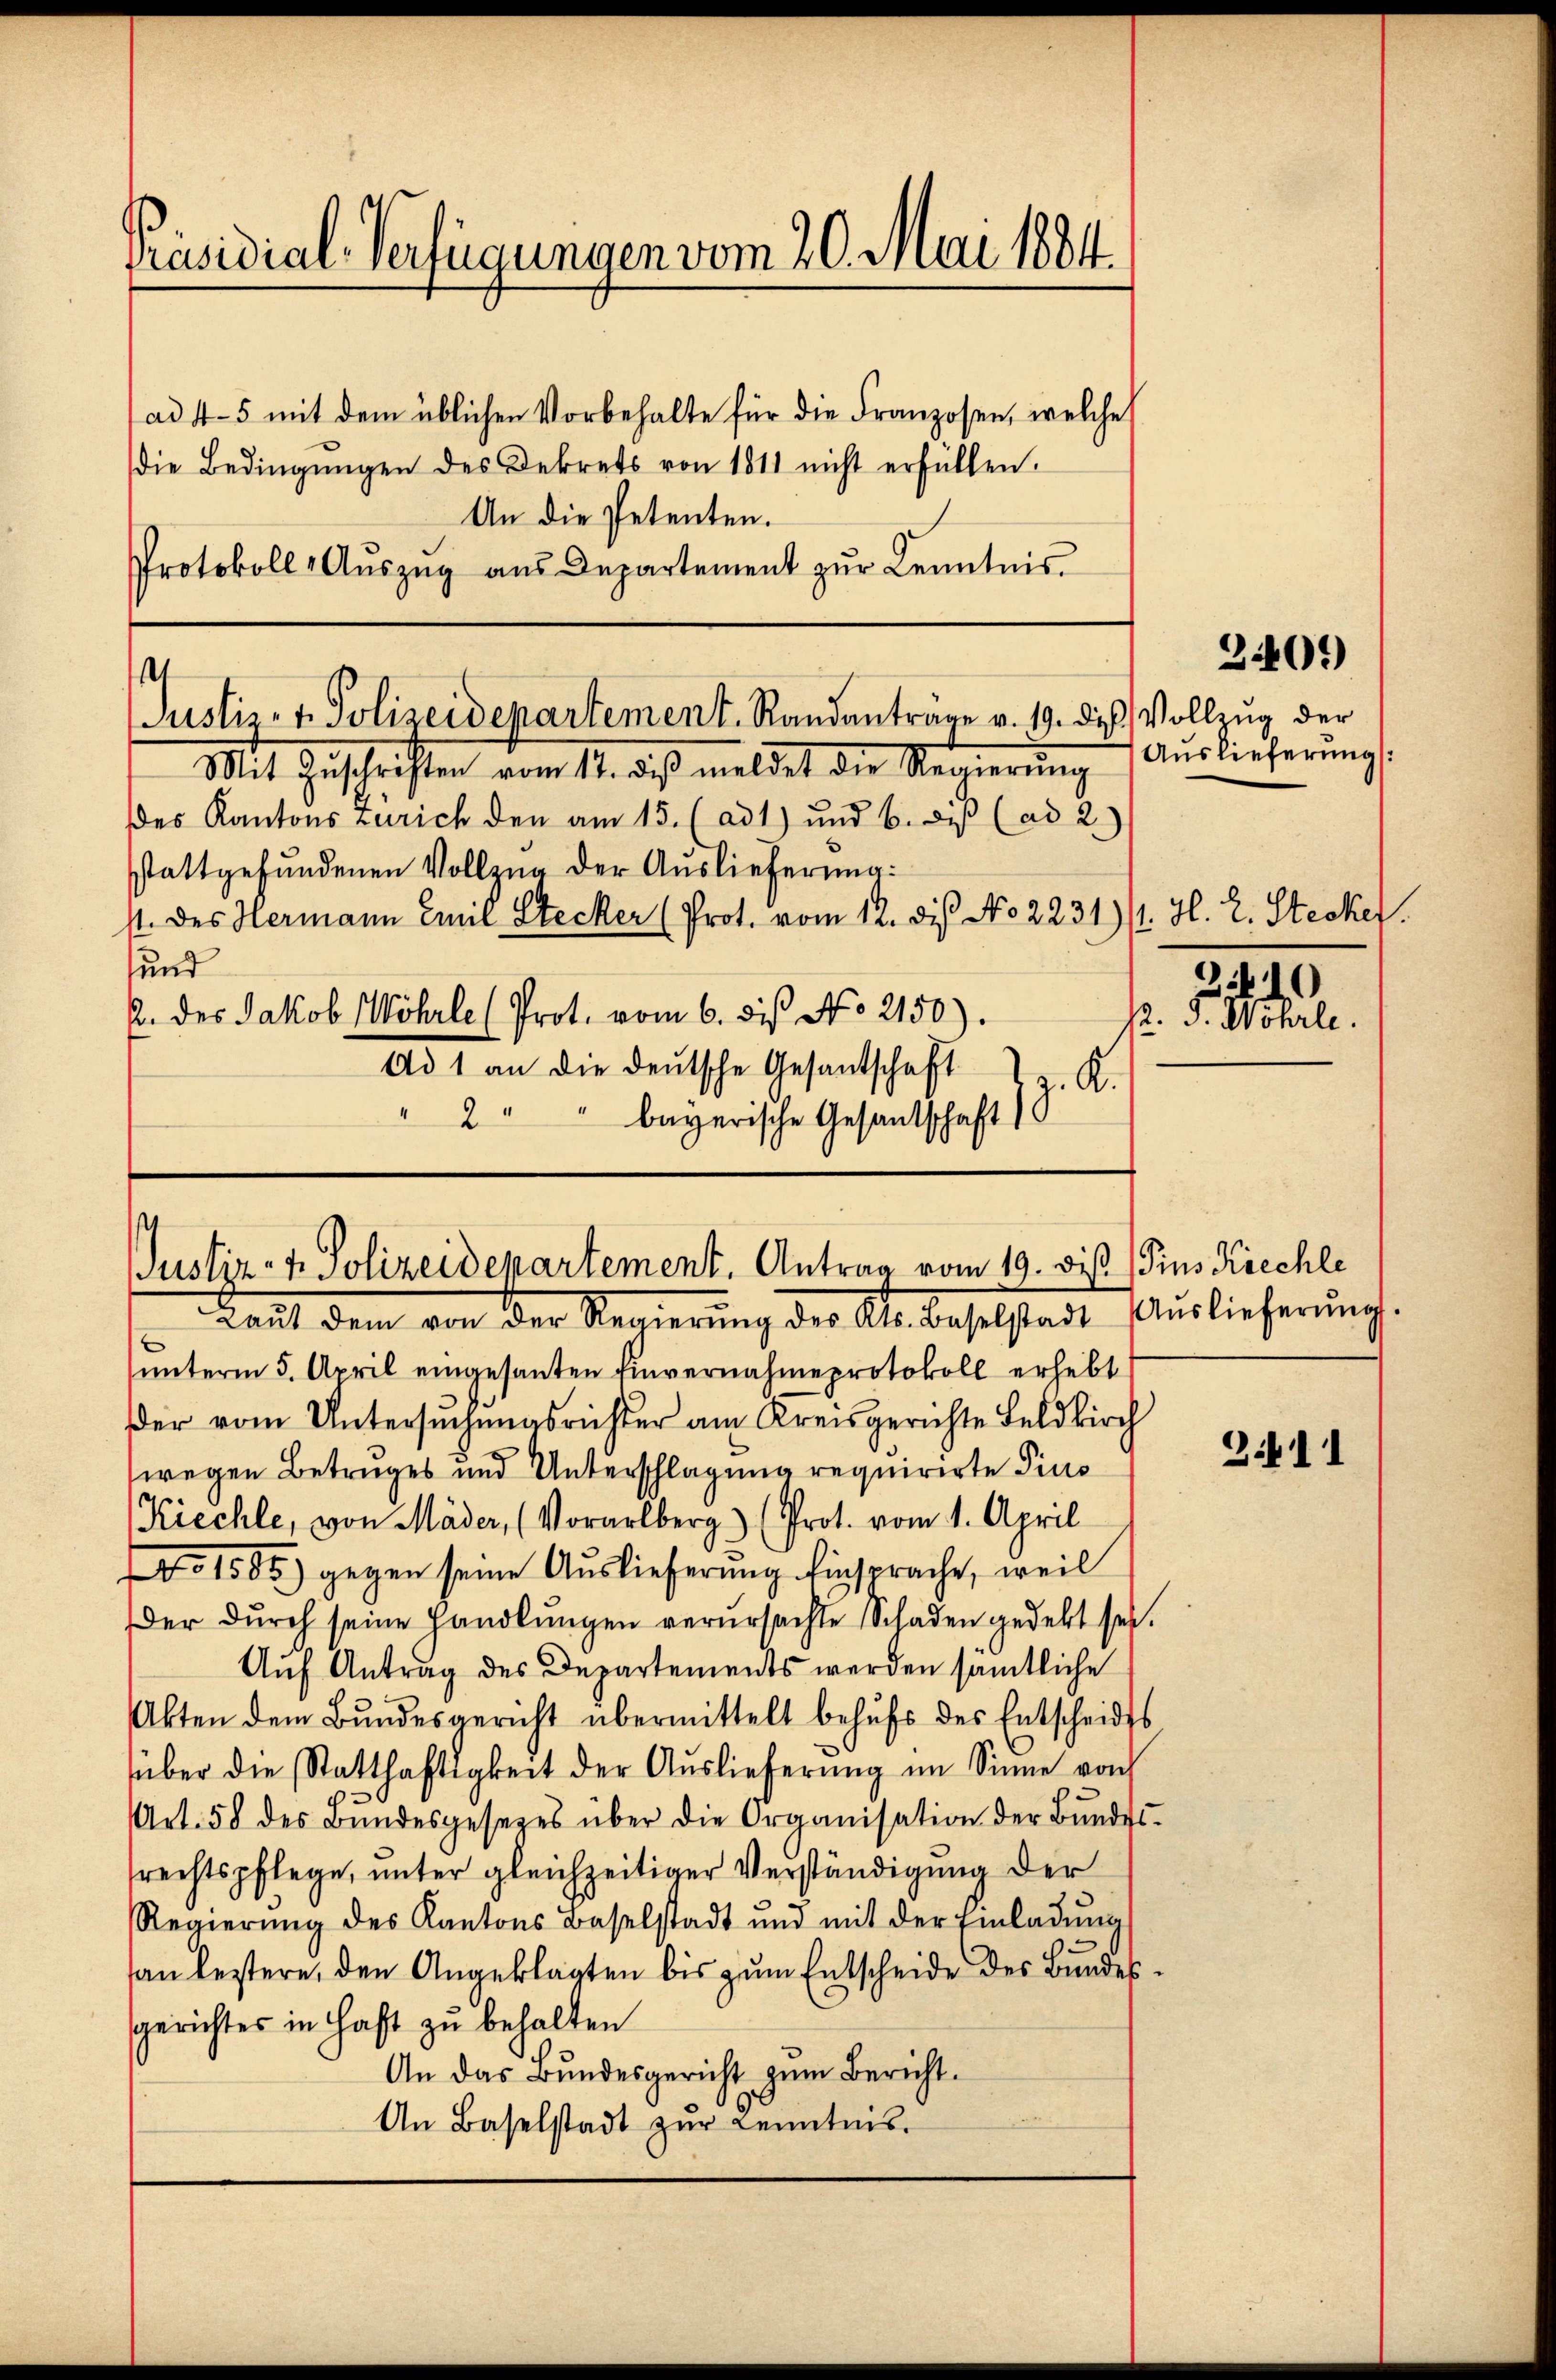
Präsidial-Verfügungen vom 20. Mai 1884.

ad 4-5 mit dem üblichen Vorbehalte für die Franzosen, welche
die Bedingŭngen des Dekrets von 1811 nicht erfüllen.
An die Petenten.
Protokoll Auszug aus Departement zur Kenntnis

4
Justiz- & Polizeidepartement. Randanträge v. 19. d. Vollzug der

Justiz- & Polizeidepartement. Antrag vom 19. bis Pins Kiechle

Mit Zŭschriften vom 17. diβ meldet die Regierŭng
des Kantons Zürich den am 15. (ad 1) und b. diβ (ad 2.)
stattgefundenen Vollzug der Auslieferung:
st. Des Hermann Emil Stecker (Prot. vom 12. die No 2231) 1. H. L. Stecker.
sund
2. des Jakob Wöhrle (Prot. vom 6. des No 2150).
Ad 1 an die deutsche Gesantschaft
z. K.
2 " " bayerische Gesantschaft

Laut dem von der Regierung der Al. Baselstadt Auslieferŭng.
ŭnterm 5. April eingesanten Einvernahme protokoll erhebt
der vom Untersuchungsrichter am Kreisgerichte Feldkirch
wegen Betruges und Unterschlagung requirirte Pius
Kiechte, von Mäder, (Vorarlberg) (Prot. vom 1. April
No 1585) gegen seine Auslieferung Einsprache, weil
der durch seine handlungen verursachte Schaden gedekt sei.
Auf Antrag des Departements werden sämtliche
Akten dem Bŭndesgericht übermittelt behŭfs des Entscheides
über die Statthaftigkeit der Auslieferŭng im Sinne von
Art. 58 des Bŭndesgesetzes über die Organisation der Bŭndes-
rechtspflege, unter gleichzeitiger Verständigung der
Regierŭng des Kantons Baselstadt und mit der Einladŭng
an leztere, den Angeklagten bis zum Entscheide des Bundesgerichtes in haft zu behalten
An das Bundesgericht zum Bericht.
An Baselstadt zŭr Kenntnis.

3401)

Auslieferung

. F.

3411